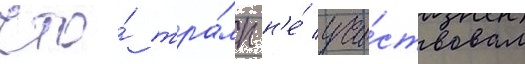
что́ тра́мп н'е́ уча́ствовал